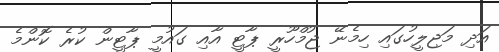
އަދި މަޖިލީހުގައި ހިމެނޭ ޖުމްހޫރީ ޕާޓީ އާއި ގައުމީ ޕާޓީން ކުރެ ކޮންމެ